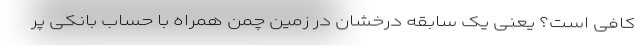
کافی است؟ یعنی یک سابقه درخشان در زمین چمن همراه با حساب بانکی پر